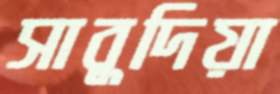
সাবুদিয়া